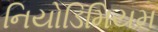
નિયોડિમિયમ